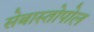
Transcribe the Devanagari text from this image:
सेबास्तोपोल